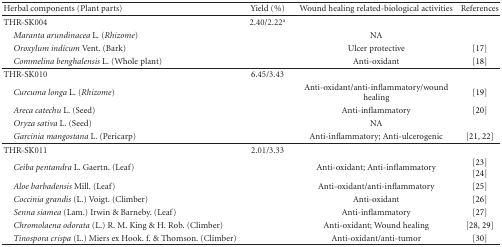
<table><thead><tr><td><b>Herbal components (Plant parts)</b></td><td><b>Yield (%)</b></td><td><b>Wound healing related-biological activities</b></td><td><b>References</b></td></tr></thead><tbody><tr><td>THR-SK004</td><td>2.40/2.22<sup>a</sup></td><td></td><td></td></tr><tr><td> <i>Maranta arundinacea </i>L. (<i>Rhizome</i>)</td><td></td><td>NA</td><td></td></tr><tr><td> <i>Oroxylum indicum</i> Vent. (Bark)</td><td></td><td>Ulcer protective</td><td>[17]</td></tr><tr><td> <i>Commelina benghalensis</i> L. (Whole plant)</td><td></td><td>Anti-oxidant</td><td>[18]</td></tr><tr><td>THR-SK010</td><td>6.45/3.43</td><td></td><td></td></tr><tr><td> <i>Curcuma longa </i>L. (<i>Rhizome</i>)</td><td></td><td>Anti-oxidant/anti-inflammatory/wound healing</td><td>[19]</td></tr><tr><td> <i>Areca catechu </i>L. (Seed)</td><td></td><td>Anti-inflammatory</td><td>[20]</td></tr><tr><td> <i>Oryza sativa </i>L. (Seed)</td><td></td><td>NA</td><td></td></tr><tr><td> <i>Garcinia mangostana </i>L. (Pericarp)</td><td></td><td>Anti-inflammatory; Anti-ulcerogenic</td><td>[21, 22]</td></tr><tr><td>THR-SK011</td><td>2.01/3.33</td><td></td><td></td></tr><tr><td> <i>Ceiba pentandra</i> L. Gaertn. (Leaf)</td><td></td><td>Anti-oxidant; Anti-inflammatory</td><td>[23][24]</td></tr><tr><td> <i>Aloe barbadensis</i> Mill. (Leaf)</td><td></td><td>Anti-oxidant/anti-inflammatory</td><td>[25]</td></tr><tr><td> <i>Coccinia grandis</i> (L.) Voigt. (Climber)</td><td></td><td>Anti-oxidant</td><td>[26]</td></tr><tr><td> <i>Senna siamea</i> (Lam.) Irwin &amp; Barneby. (Leaf)</td><td></td><td>Anti-inflammatory</td><td>[27]</td></tr><tr><td> <i>Chromolaena odorata</i> (L.) R. M. King &amp; H. Rob. (Climber)</td><td></td><td>Anti-oxidant; Wound healing</td><td>[28, 29]</td></tr><tr><td> <i>Tinospora crispa </i>(L.) Miers ex Hook. f. &amp; Thomson. (Climber)</td><td></td><td>Anti-oxidant/anti-tumor</td><td>[30]</td></tr></tbody></table>